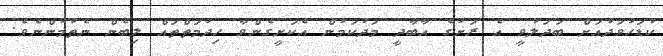
ކުޑަހުވަދުއަށް ބަދަލުވީ އެ ރަށުގެ އާބާދީ މަދުކަމުން އެކަށީގެންވާ ހިދުމަތްތައް ލިބެން ނެތުމުންނެވެ.